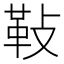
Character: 𩉲